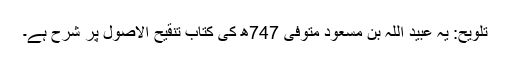
تلویح: یہ عبید اللہ بن مسعود متوفی 747ھ کی کتاب تنقیح الاصول پر شرح ہے۔